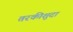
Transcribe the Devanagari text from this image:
तरकीशुदा